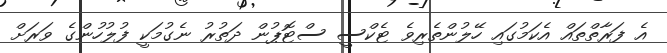
އެ ފަރާތްތައް އެކަމުގައި ހޭލުންތެރިވެ ޓެކްސީ ސްޓޮޕުން ދަތުރު ނެގުމަކީ ފުލުހުންގެ ވަރަށް